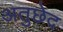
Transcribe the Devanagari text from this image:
अतुछेद